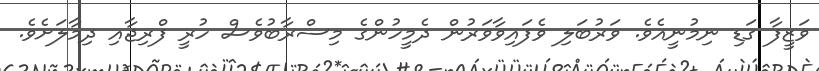
ވަޒީފާ ގަޑި ނިމުނީއެވެ. ވަރުބަލި ވެފައިވާވަރުން ދެމީހުންގެ މިސްރާބުވެސް ހުރީ ފްރިޖާއި ދިމާލަށެވެ.